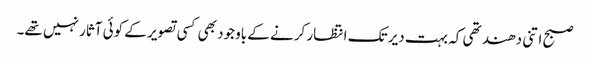
صبح اتنی دھند تھی کہ بہت دیر تک انتظار کرنے کے باوجود بھی کسی تصویر کے کوئی آثار نہیں تھے۔